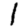
Digit: 1